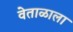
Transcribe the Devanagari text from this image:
वेताळाला